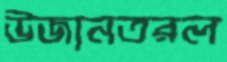
উজানতরল